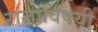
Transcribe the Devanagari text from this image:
राजाविषयी